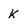
Character: K